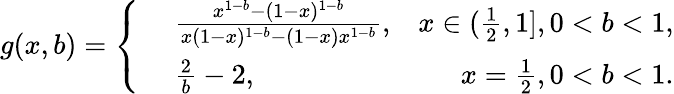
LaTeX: g(x,b)=\left\{ \begin{array}{rlr}{~}&{{}\frac{x^{1-b}-(1-x)^{1-b}}{x(1-x)^{1-b}-(1-x)x^{1-b}},}&{x\in(\frac{1}{2},1],0<b<1,}\\ {~}&{{}\frac{2}{b}-2,}&{x=\frac{1}{2},0<b<1.}\end{array}\right.